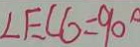
\angle E C G = 9 0 ^ { \circ }